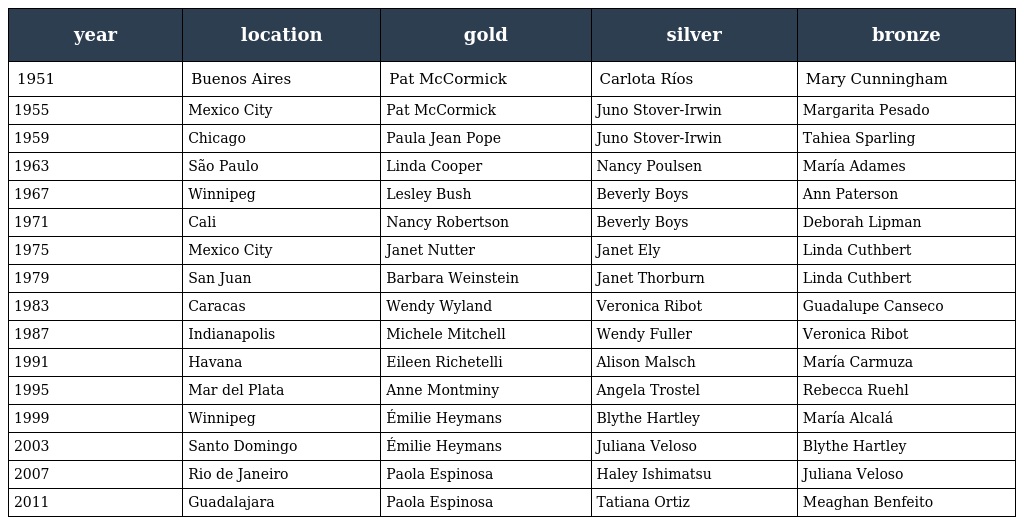
| year | location | gold | silver | bronze |
 | --- | --- | --- | --- | --- |
 | 1951 | Buenos Aires | Pat McCormick | Carlota Ríos | Mary Cunningham |
 | 1955 | Mexico City | Pat McCormick | Juno Stover-Irwin | Margarita Pesado |
 | 1959 | Chicago | Paula Jean Pope | Juno Stover-Irwin | Tahiea Sparling |
 | 1963 | São Paulo | Linda Cooper | Nancy Poulsen | María Adames |
 | 1967 | Winnipeg | Lesley Bush | Beverly Boys | Ann Paterson |
 | 1971 | Cali | Nancy Robertson | Beverly Boys | Deborah Lipman |
 | 1975 | Mexico City | Janet Nutter | Janet Ely | Linda Cuthbert |
 | 1979 | San Juan | Barbara Weinstein | Janet Thorburn | Linda Cuthbert |
 | 1983 | Caracas | Wendy Wyland | Veronica Ribot | Guadalupe Canseco |
 | 1987 | Indianapolis | Michele Mitchell | Wendy Fuller | Veronica Ribot |
 | 1991 | Havana | Eileen Richetelli | Alison Malsch | María Carmuza |
 | 1995 | Mar del Plata | Anne Montminy | Angela Trostel | Rebecca Ruehl |
 | 1999 | Winnipeg | Émilie Heymans | Blythe Hartley | María Alcalá |
 | 2003 | Santo Domingo | Émilie Heymans | Juliana Veloso | Blythe Hartley |
 | 2007 | Rio de Janeiro | Paola Espinosa | Haley Ishimatsu | Juliana Veloso |
 | 2011 | Guadalajara | Paola Espinosa | Tatiana Ortiz | Meaghan Benfeito |